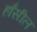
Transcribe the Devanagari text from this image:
हाँसील